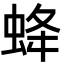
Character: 𧊵